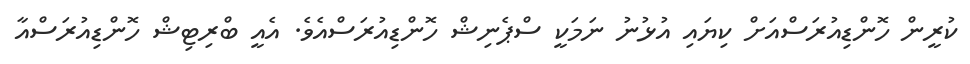
ކުރީން ހޮންޑިއުރަސްއަށް ކިޔައި އުޅުނު ނަމަކީ ސްޕެނިޝް ހޮންޑިއުރަސްއެވެ. އެއީ ބްރިޓިޝް ހޮންޑިއުރަސްއާ